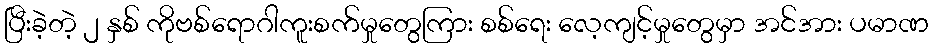
ပြီးခဲ့တဲ့ ၂ နှစ် ကိုဗစ်ရောဂါကူးစက်မှုတွေကြား စစ်ရေး လေ့ကျင့်မှုတွေမှာ အင်အား ပမာဏ